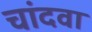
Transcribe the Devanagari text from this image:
चांदवा